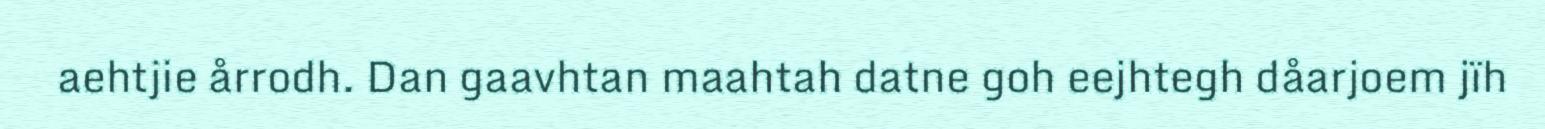
aehtjie årrodh. Dan gaavhtan maahtah datne goh eejhtegh dåarjoem jïh